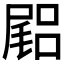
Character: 𡳎